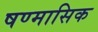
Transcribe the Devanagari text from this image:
षण्मासिक